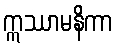
ဣဿာမနိကာ